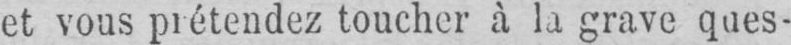
et vous prétendez toucher à la grave ques-